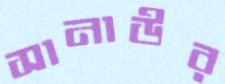
সানাউর